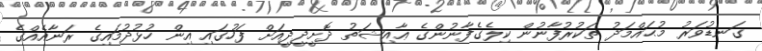
ގަނޑުވަރު މުޙައްމަދު ތަކުރުފާނުން ކިލެގެފާނުންގެ ޢާއިޝަތު ދޮށީދީދީއަށް ފަހުގައި އިން ހުޅުދުމައިގެ ރަނާއެއްގެ